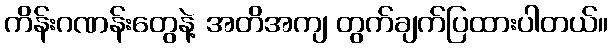
ကိန်းဂဏန်းတွေနဲ့ အတိအကျ တွက်ချက်ပြထားပါတယ်။